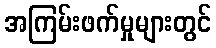
အကြမ်းဖက်မှုများတွင်